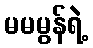
မမမွန်ရဲ့